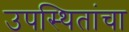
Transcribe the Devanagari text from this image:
उपस्थितांचा